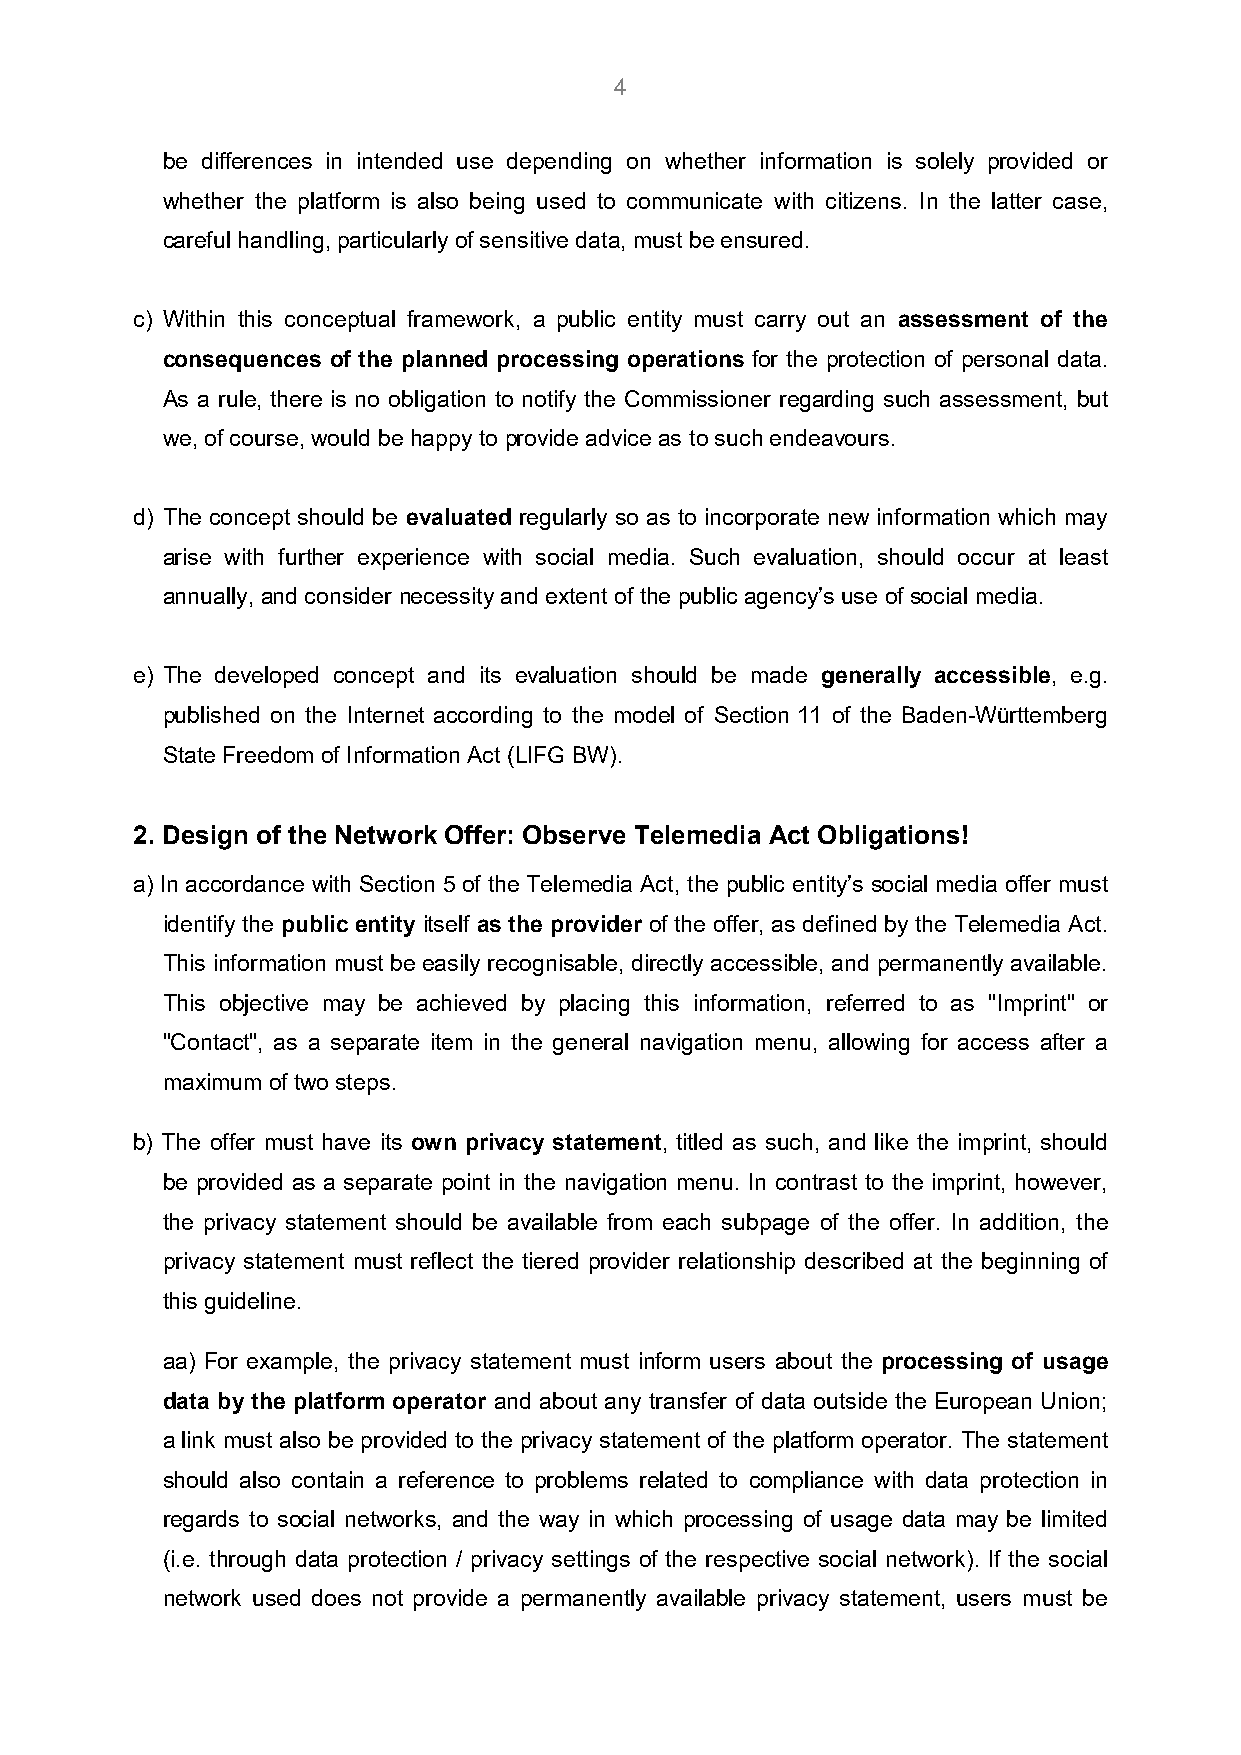
4
 be differences in intended use depending on whether information is solely provided or
 whether the platform is also being used to communicate with citizens. In the latter case,
 careful handling, particularly of sensitive data, must be ensured.
 c) Within this conceptual framework, a public entity must carry out an assessment of the
 consequences of the planned processing operations for the protection of personal data.
 As a rule, there is no obligation to notify the Commissioner regarding such assessment, but
 we, of course, would be happy to provide advice as to such endeavours.
 d) The concept should be evaluated regularly so as to incorporate new information which may
 arise with further experience with social media. Such evaluation, should occur at least
 annually, and consider necessity and extent of the public agency’s use of social media.
 e) The developed concept and its evaluation should be made generally accessible, e.g.
 published on the Internet according to the model of Section 11 of the Baden-Württemberg
 State Freedom of Information Act (LIFG BW).
 2. Design of the Network Offer: Observe Telemedia Act Obligations!
 a) In accordance with Section 5 of the Telemedia Act, the public entity’s social media offer must
 identify the public entity itself as the provider of the offer, as defined by the Telemedia Act.
 This information must be easily recognisable, directly accessible, and permanently available.
 This objective may be achieved by placing this information, referred to as "Imprint" or
 "Contact", as a separate item in the general navigation menu, allowing for access after a
 maximum of two steps.
 b) The offer must have its own privacy statement, titled as such, and like the imprint, should
 be provided as a separate point in the navigation menu. In contrast to the imprint, however,
 the privacy statement should be available from each subpage of the offer. In addition, the
 privacy statement must reflect the tiered provider relationship described at the beginning of
 this guideline.
 aa) For example, the privacy statement must inform users about the processing of usage
 data by the platform operator and about any transfer of data outside the European Union;
 a link must also be provided to the privacy statement of the platform operator. The statement
 should also contain a reference to problems related to compliance with data protection in
 regards to social networks, and the way in which processing of usage data may be limited
 (i.e. through data protection / privacy settings of the respective social network). If the social
 network used does not provide a permanently available privacy statement, users must be